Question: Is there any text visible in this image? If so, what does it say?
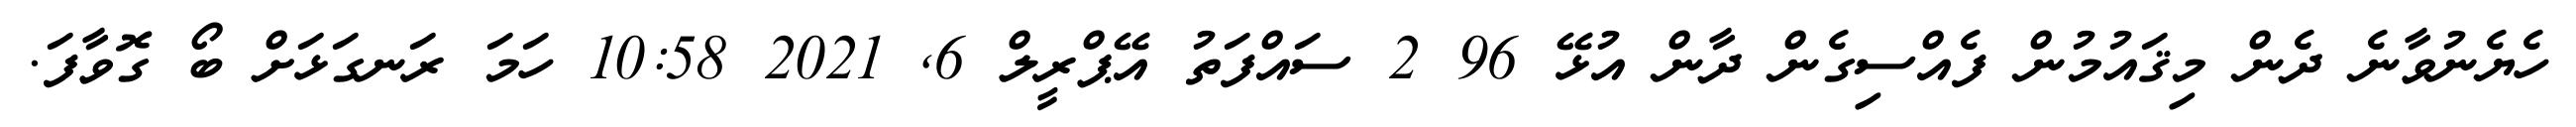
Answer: ހެޔެނުވާނެ ދެން މިޤައުމުން ފެއްސިގެން ދާން އުޅޭ 96 2 ސައްފަތު އޭޕްރީލް 6, 2021 10:58 ހަމަ ރަނގަޅަށް ބޯ ގޮވާފަ.